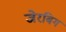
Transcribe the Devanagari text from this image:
जेरबिग